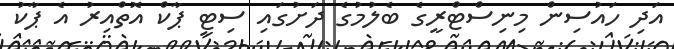
އަދި ހައުސިން މިނިސްޓްރީގެ ބެލުމުގެ ދަށުގައި ސިޓީ ޕާކް އޮތްއިރު އެ ޕާކު